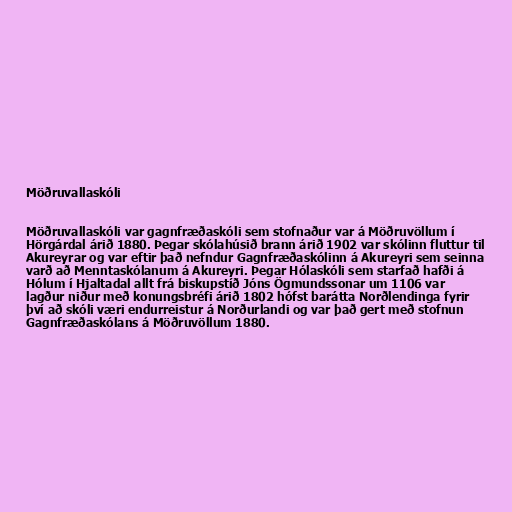
Möðruvallaskóli

Möðruvallaskóli var gagnfræðaskóli sem stofnaður var á Möðruvöllum í
Hörgárdal árið 1880. Þegar skólahúsið brann árið 1902 var skólinn fluttur til
Akureyrar og var eftir það nefndur Gagnfræðaskólinn á Akureyri sem seinna
varð að Menntaskólanum á Akureyri. Þegar Hólaskóli sem starfað hafði á
Hólum í Hjaltadal allt frá biskupstíð Jóns Ögmundssonar um 1106 var
lagður niður með konungsbréfi árið 1802 hófst barátta Norðlendinga fyrir
því að skóli væri endurreistur á Norðurlandi og var það gert með stofnun
Gagnfræðaskólans á Möðruvöllum 1880.